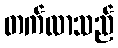
တက်လာသည်